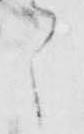
之